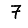
Digit: 7